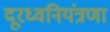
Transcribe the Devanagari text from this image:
दूरध्वनियंत्रणा